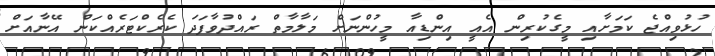
ހުޅުވިއްޖެ ކަމަށާއި މީގެކުރިން އެއީ އިންޑިއާ މީހުންނަށް މަލާމާތް ރައްދުވާފަދަ ކެރެކްޓަރެއްކަން އޭނާއަށް